Indian journal of veterinary science and animal husbandry - Volume 4,
Year: 1934
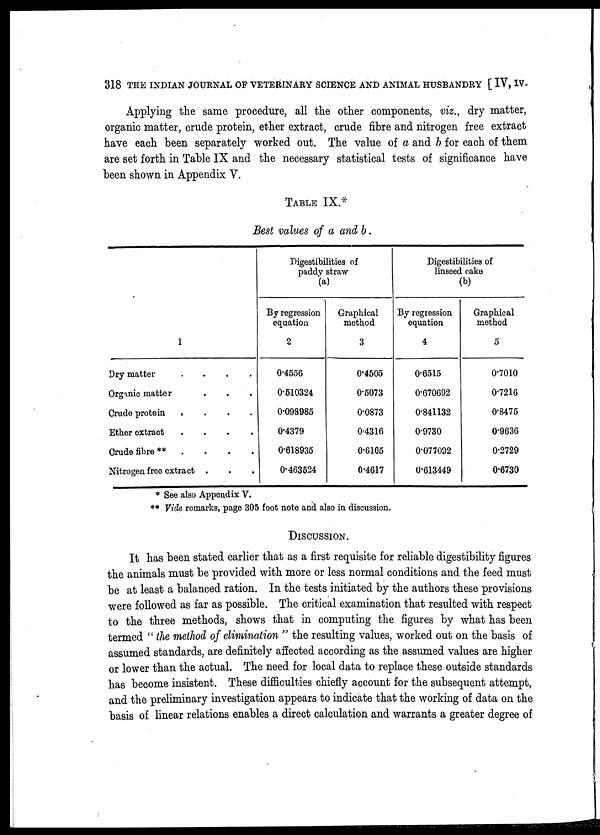
318 THE INDIAN JOURNAL OF VETERINARY SCIENCE AND ANIMAL HUSBANDRY [ IV, IV.
Applying the same procedure, all the other components, viz., dry matter,
organic matter, crude protein, ether extract, crude fibre and nitrogen free extract
have each been separately worked out. The value of a and b for each of them
are set forth in Table IX and the necessary statistical tests of significance have
been shown in Appendix V.
TABLE IX.*
Best values of a and b.
1
Dry matter
....
Organic matter ....
Crude protein
....
Ether extract
....
Crude fibre **....
Nitrogen free extract ...
Digestibilities of
paddy straw
(a)
By regression
equation
2
0.4556
0.510324
0.098985
0.4379
0.618935
0.463524
Graphical
method
3
0.4505
0.5073
0.0873
0.4316
0.6165
0.4617
Digestibilities of
linseed cake
(b)
By regression
equation
4
0.6515
0.670692
0.841132
0.9730
0.077092
0.613449
Graphical
method
5
0.7010
0.7216
0.8475
0.9636
0.2729
0.6730
* See also Appendix V.
** Vide remarks, page 305 foot note and also in discussion.
DISCUSSION.
It has been stated earlier that as a first requisite for reliable digestibility figures
the animals must be provided with more or less normal conditions and the feed must
be at least a balanced ration. In the tests initiated by the authors these provisions
were followed as far as possible. The critical examination that resulted with respect
to the three methods, shows that in computing the figures by what has been
termed " the method of elimination " the resulting values, worked out on the basis of
assumed standards, are definitely affected according as the assumed values are higher
or lower than the actual. The need for local data to replace these outside standards
has become insistent. These difficulties chiefly account for the subsequent attempt,
and the preliminary investigation appears to indicate that the working of data on the
basis of linear relations enables a direct calculation and warrants a greater degree of